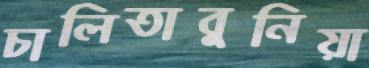
চালিতাবুনিয়া